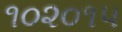
૧૦૨૦૧૫